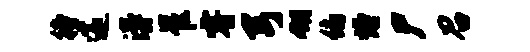
待邃漫崔睿弓翎俯熳尸召